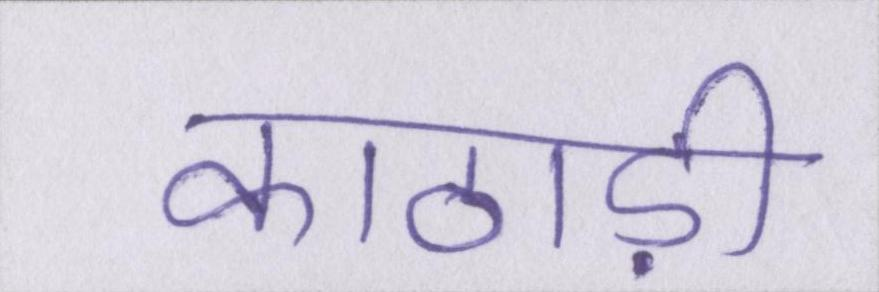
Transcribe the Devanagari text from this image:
काठाड़ी